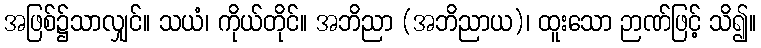
အဖြစ်၌သာလျှင်။ သယံ၊ ကိုယ်တိုင်။ အဘိညာ (အဘိညာယ)၊ ထူးသော ဉာဏ်ဖြင့် သိ၍။